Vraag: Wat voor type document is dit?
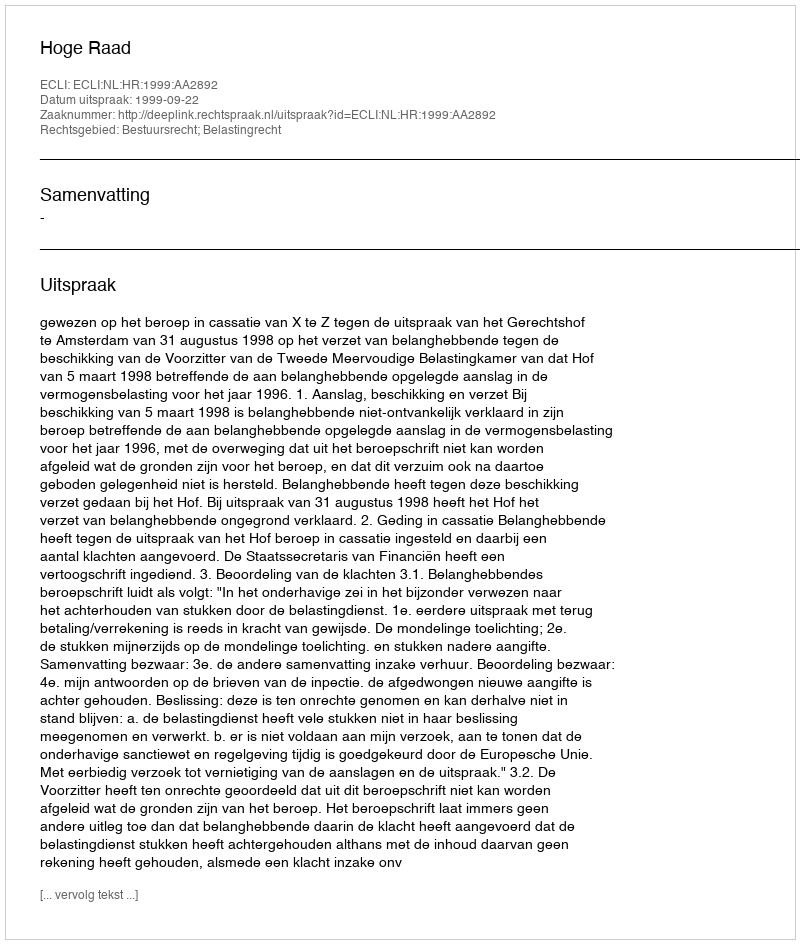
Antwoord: Uitspraak